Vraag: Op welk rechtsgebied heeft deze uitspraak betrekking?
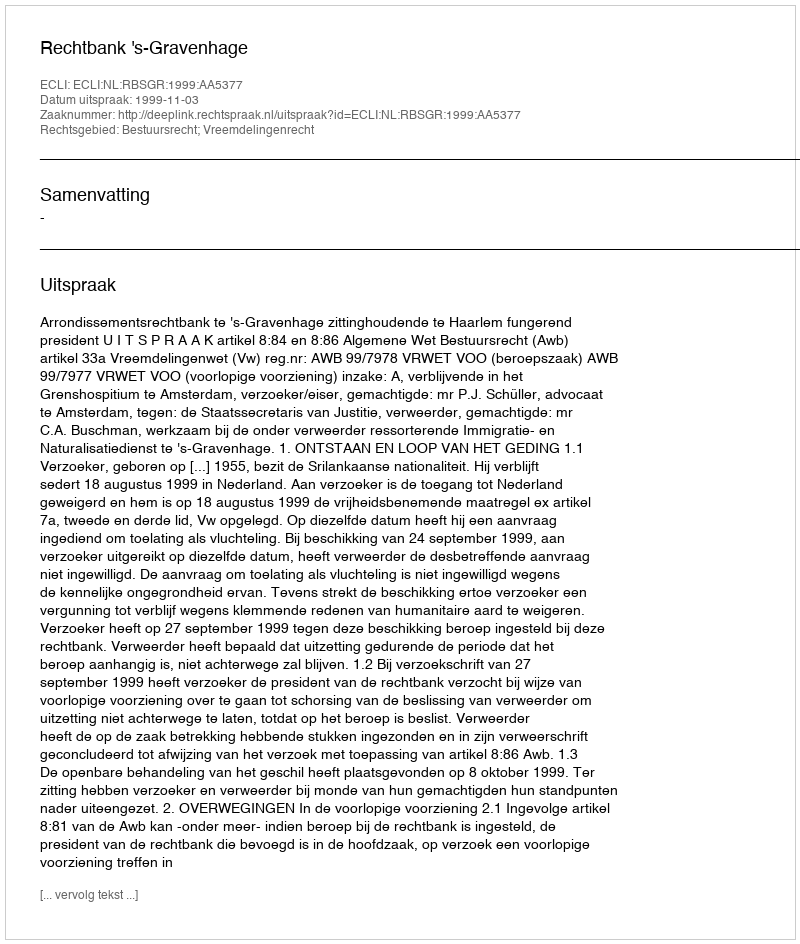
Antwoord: Bestuursrecht; Vreemdelingenrecht